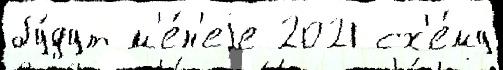
бу́дут м'е́н'еjе 2021 сх'е́му